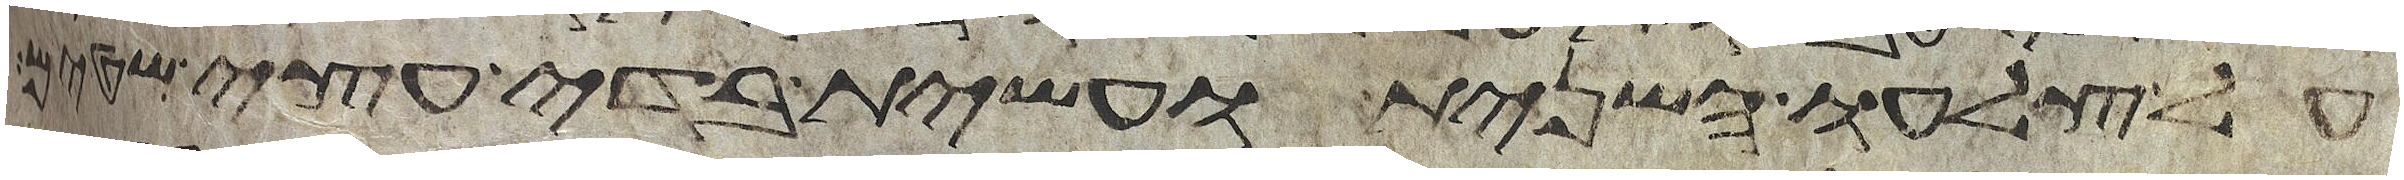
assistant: על צלעו השני ועשית בדי עצי